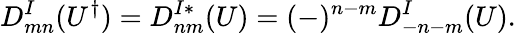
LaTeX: D_{mn}^{I}(U^{\dagger})=D_{nm}^{I*}(U)=(-)^{n-m}D_{-n-m}^{I}(U).